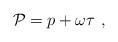
LaTeX: \begin{align*}{\cal P} = p + \omega\tau\ ,\end{align*}